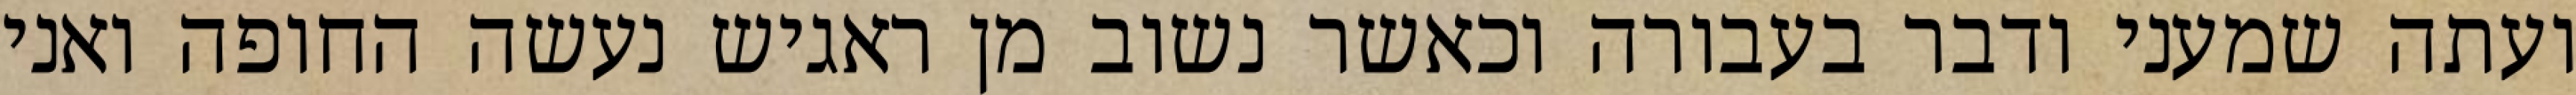
ועתה שמעני ודבר בעבורה וכאשר נשוב מן ראגיש נעשה החופה ואני